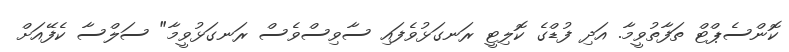
ކޮންސެޕްޓް ތަފާތުވީމާ. އަދި ފުޑްގެ ކޮލިޓީ ރަނގަޅުވެފައި ސާވިސްވެސް ރަނގަޅުވީމާ" ސަލްސާ ކެފޭއަށް